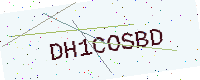
Text: DH1COSBD